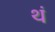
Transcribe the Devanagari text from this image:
थं